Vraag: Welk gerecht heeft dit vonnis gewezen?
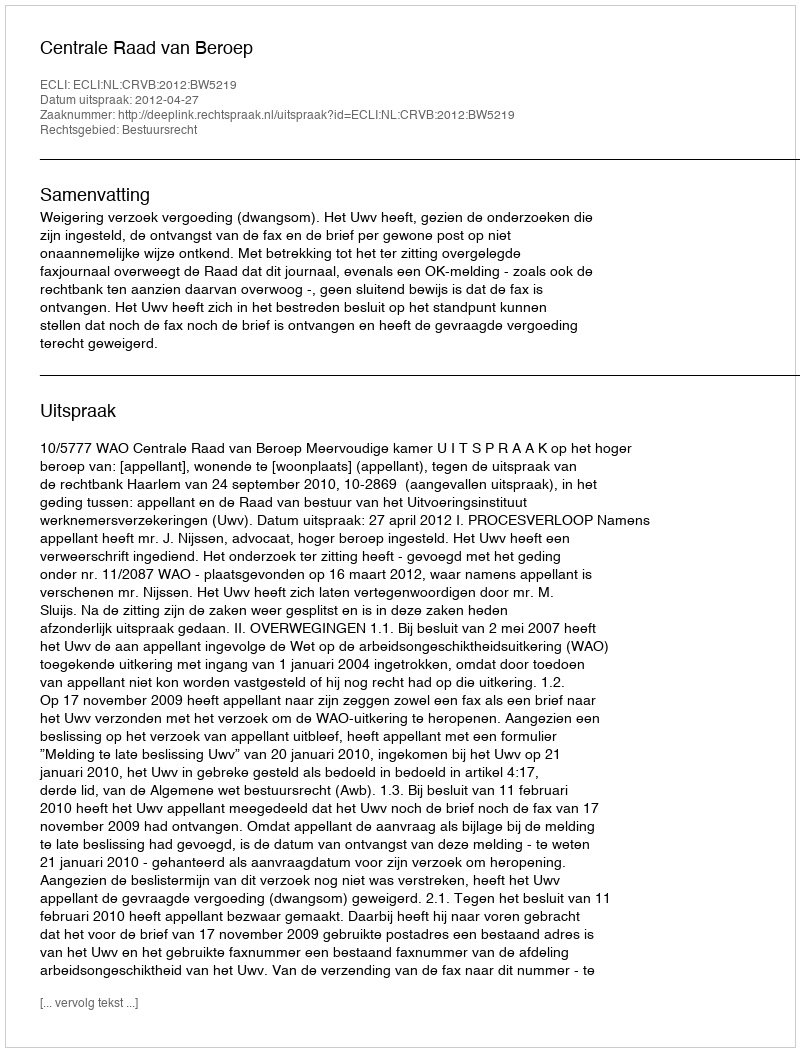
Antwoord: Centrale Raad van Beroep